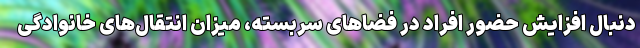
دنبال افزایش حضور افراد در فضاهای سربسته، میزان انتقال‌های خانوادگی